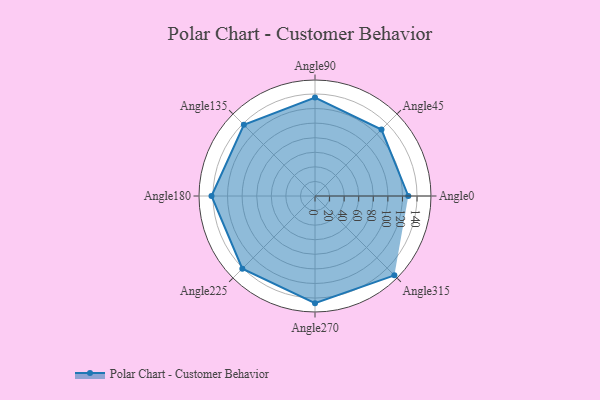
{"axis": {"x": "Angle", "y": "Radius"}, "legend": [""], "data": [{"x": "Angle0", "y": 128.0, "type": ""}, {"x": "Angle45", "y": 129.0, "type": ""}, {"x": "Angle90", "y": 135.0, "type": ""}, {"x": "Angle135", "y": 138.0, "type": ""}, {"x": "Angle180", "y": 142.0, "type": ""}, {"x": "Angle225", "y": 141.0, "type": ""}, {"x": "Angle270", "y": 147.0, "type": ""}, {"x": "Angle315", "y": 154.0, "type": ""}]}